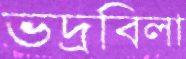
ভদ্রবিলা